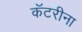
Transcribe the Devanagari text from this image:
कॅटरीना